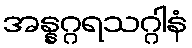
အန္နဂ္ဂရသဂ္ဂါနံ